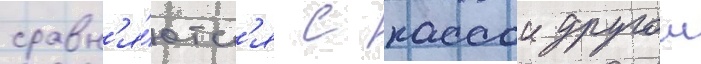
сравн'я́ютс'я с кассои другои